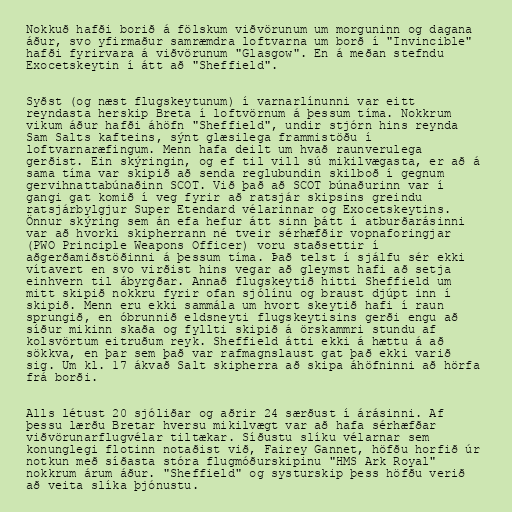
Nokkuð hafði borið á fölskum viðvörunum um morguninn og dagana
áður, svo yfirmaður samræmdra loftvarna um borð í "Invincible"
hafði fyrirvara á viðvörunum "Glasgow". En á meðan stefndu
Exocetskeytin í átt að "Sheffield".

Syðst (og næst flugskeytunum) í varnarlínunni var eitt
reyndasta herskip Breta í loftvörnum á þessum tíma. Nokkrum
vikum áður hafði áhöfn "Sheffield", undir stjórn hins reynda
Sam Salts kafteins, sýnt glæsilega frammistöðu í
loftvarnaræfingum. Menn hafa deilt um hvað raunverulega
gerðist. Ein skýringin, og ef til vill sú mikilvægasta, er að á
sama tíma var skipið að senda reglubundin skilboð í gegnum
gervihnattabúnaðinn SCOT. Við það að SCOT búnaðurinn var í
gangi gat komið í veg fyrir að ratsjár skipsins greindu
ratsjárbylgjur Super Etendard vélarinnar og Exocetskeytins.
Önnur skýring sem án efa hefur átt sinn þátt í atburðarásinni
var að hvorki skipherrann né tveir sérhæfðir vopnaforingjar
(PWO Principle Weapons Officer) voru staðsettir í
aðgerðamiðstöðinni á þessum tíma. Það telst í sjálfu sér ekki
vítavert en svo virðist hins vegar að gleymst hafi að setja
einhvern til ábyrgðar. Annað flugskeytið hitti Sheffield um
mitt skipið nokkru fyrir ofan sjólínu og braust djúpt inn í
skipið. Menn eru ekki sammála um hvort skeytið hafi í raun
sprungið, en óbrunnið eldsneyti flugskeytisins gerði engu að
síður mikinn skaða og fyllti skipið á örskammri stundu af
kolsvörtum eitruðum reyk. Sheffield átti ekki á hættu á að
sökkva, en þar sem það var rafmagnslaust gat það ekki varið
sig. Um kl. 17 ákvað Salt skipherra að skipa áhöfninni að hörfa
frá borði.

Alls létust 20 sjóliðar og aðrir 24 særðust í árásinni. Af
þessu lærðu Bretar hversu mikilvægt var að hafa sérhæfðar
viðvörunarflugvélar tiltækar. Síðustu slíku vélarnar sem
konunglegi flotinn notaðist við, Fairey Gannet, höfðu horfið úr
notkun með síðasta stóra flugmóðurskipinu "HMS Ark Royal"
nokkrum árum áður. "Sheffield" og systurskip þess höfðu verið
að veita slíka þjónustu.